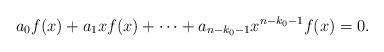
LaTeX: \begin{align*} a_0f(x)+a_1xf(x)+\cdots+a_{n-k_0-1}x^{n-k_0-1}f(x)=0.\end{align*}